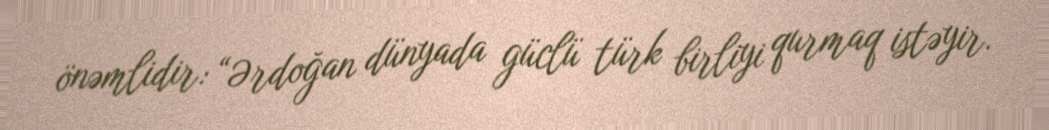
önəmlidir: “Ərdoğan dünyada güclü türk birliyi qurmaq istəyir.